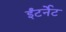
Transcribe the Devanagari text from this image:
ईंटर्नेट